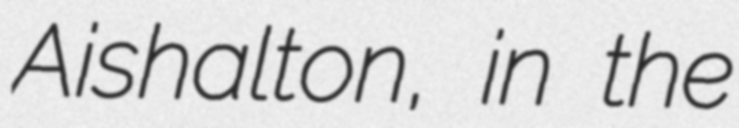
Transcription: Aishalton, in the